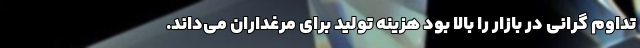
تداوم گرانی در بازار را بالا بود هزینه تولید برای مرغداران می‌داند.